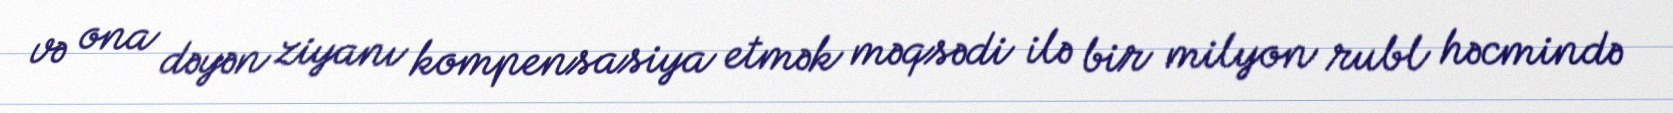
və ona dəyən ziyanı kompensasiya etmək məqsədi ilə bir milyon rubl həcmində